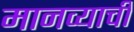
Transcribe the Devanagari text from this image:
मानव्याची